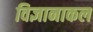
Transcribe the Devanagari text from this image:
विज्ञानाकल